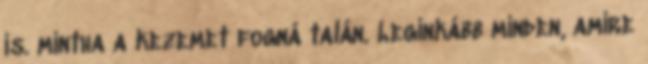
is. mintha a kezemet fogná talán. Leginkább minden, amire